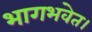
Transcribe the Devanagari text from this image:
भागभवेत।